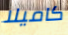
كاميلا